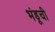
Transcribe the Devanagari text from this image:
भंडूची